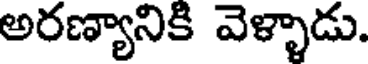
అరణ్యానికి వెళ్ళాడు.